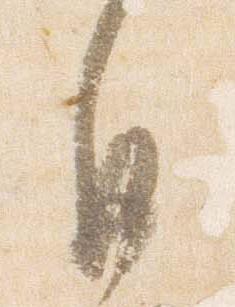
自